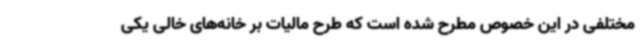
مختلفی در این خصوص مطرح شده است که طرح مالیات بر خانه‌های خالی یکی